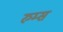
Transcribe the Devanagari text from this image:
रुम्स